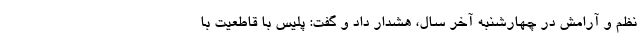
نظم و آرامش در چهارشنبه آخر سال، هشدار داد و گفت: پلیس با قاطعیت با